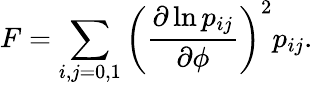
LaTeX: F=\sum_{i,j=0,1}{\left(\frac{\partial\ln p_{ij}}{\partial\phi}\right)^{2}}p_{ij}.